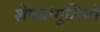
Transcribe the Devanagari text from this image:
शेषदांगुलियों